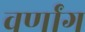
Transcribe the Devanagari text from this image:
वर्णांग